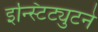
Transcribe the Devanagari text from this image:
इन्स्टिट्युटने